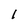
Character: 1